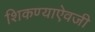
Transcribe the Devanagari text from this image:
शिकण्याऐवजी